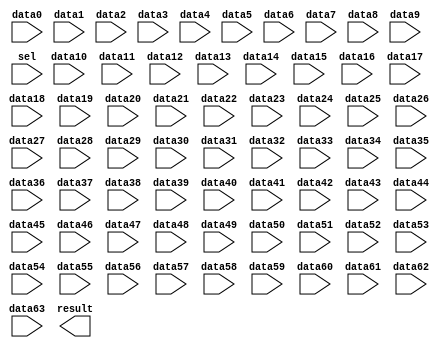
// megafunction wizard: %LPM_MUX%VBB%
// GENERATION: STANDARD
// VERSION: WM1.0
// MODULE: lpm_mux 

// ============================================================
// Megafunction Name(s):
// 			lpm_mux
//
// Simulation Library Files(s):
// 			lpm
// ============================================================
// ************************************************************
// THIS IS A WIZARD-GENERATED FILE. DO NOT EDIT THIS FILE!
//
// 9.1 Build 222 10/21/2009 SJ Full Version
// ************************************************************

//Copyright (C) 1991-2009 Altera Corporation
//Your use of Altera Corporation's design tools, logic functions 
//and other software and tools, and its AMPP partner logic 
//functions, and any output files from any of the foregoing 
//(including device programming or simulation files), and any 
//associated documentation or information are expressly subject 
//to the terms and conditions of the Altera Program License 
//Subscription Agreement, Altera MegaCore Function License 
//Agreement, or other applicable license agreement, including, 
//without limitation, that your use is for the sole purpose of 
//programming logic devices manufactured by Altera and sold by 
//Altera or its authorized distributors.  Please refer to the 
//applicable agreement for further details.

module lpm_mux641 (
	data0,
	data1,
	data10,
	data11,
	data12,
	data13,
	data14,
	data15,
	data16,
	data17,
	data18,
	data19,
	data2,
	data20,
	data21,
	data22,
	data23,
	data24,
	data25,
	data26,
	data27,
	data28,
	data29,
	data3,
	data30,
	data31,
	data32,
	data33,
	data34,
	data35,
	data36,
	data37,
	data38,
	data39,
	data4,
	data40,
	data41,
	data42,
	data43,
	data44,
	data45,
	data46,
	data47,
	data48,
	data49,
	data5,
	data50,
	data51,
	data52,
	data53,
	data54,
	data55,
	data56,
	data57,
	data58,
	data59,
	data6,
	data60,
	data61,
	data62,
	data63,
	data7,
	data8,
	data9,
	sel,
	result);

	input	  data0;
	input	  data1;
	input	  data10;
	input	  data11;
	input	  data12;
	input	  data13;
	input	  data14;
	input	  data15;
	input	  data16;
	input	  data17;
	input	  data18;
	input	  data19;
	input	  data2;
	input	  data20;
	input	  data21;
	input	  data22;
	input	  data23;
	input	  data24;
	input	  data25;
	input	  data26;
	input	  data27;
	input	  data28;
	input	  data29;
	input	  data3;
	input	  data30;
	input	  data31;
	input	  data32;
	input	  data33;
	input	  data34;
	input	  data35;
	input	  data36;
	input	  data37;
	input	  data38;
	input	  data39;
	input	  data4;
	input	  data40;
	input	  data41;
	input	  data42;
	input	  data43;
	input	  data44;
	input	  data45;
	input	  data46;
	input	  data47;
	input	  data48;
	input	  data49;
	input	  data5;
	input	  data50;
	input	  data51;
	input	  data52;
	input	  data53;
	input	  data54;
	input	  data55;
	input	  data56;
	input	  data57;
	input	  data58;
	input	  data59;
	input	  data6;
	input	  data60;
	input	  data61;
	input	  data62;
	input	  data63;
	input	  data7;
	input	  data8;
	input	  data9;
	input	[5:0]  sel;
	output	  result;

endmodule

// ============================================================
// CNX file retrieval info
// ============================================================
// Retrieval info: PRIVATE: INTENDED_DEVICE_FAMILY STRING "Cyclone II"
// Retrieval info: PRIVATE: SYNTH_WRAPPER_GEN_POSTFIX STRING "0"
// Retrieval info: CONSTANT: LPM_SIZE NUMERIC "64"
// Retrieval info: CONSTANT: LPM_TYPE STRING "LPM_MUX"
// Retrieval info: CONSTANT: LPM_WIDTH NUMERIC "1"
// Retrieval info: CONSTANT: LPM_WIDTHS NUMERIC "6"
// Retrieval info: USED_PORT: data0 0 0 0 0 INPUT NODEFVAL data0
// Retrieval info: USED_PORT: data1 0 0 0 0 INPUT NODEFVAL data1
// Retrieval info: USED_PORT: data10 0 0 0 0 INPUT NODEFVAL data10
// Retrieval info: USED_PORT: data11 0 0 0 0 INPUT NODEFVAL data11
// Retrieval info: USED_PORT: data12 0 0 0 0 INPUT NODEFVAL data12
// Retrieval info: USED_PORT: data13 0 0 0 0 INPUT NODEFVAL data13
// Retrieval info: USED_PORT: data14 0 0 0 0 INPUT NODEFVAL data14
// Retrieval info: USED_PORT: data15 0 0 0 0 INPUT NODEFVAL data15
// Retrieval info: USED_PORT: data16 0 0 0 0 INPUT NODEFVAL data16
// Retrieval info: USED_PORT: data17 0 0 0 0 INPUT NODEFVAL data17
// Retrieval info: USED_PORT: data18 0 0 0 0 INPUT NODEFVAL data18
// Retrieval info: USED_PORT: data19 0 0 0 0 INPUT NODEFVAL data19
// Retrieval info: USED_PORT: data2 0 0 0 0 INPUT NODEFVAL data2
// Retrieval info: USED_PORT: data20 0 0 0 0 INPUT NODEFVAL data20
// Retrieval info: USED_PORT: data21 0 0 0 0 INPUT NODEFVAL data21
// Retrieval info: USED_PORT: data22 0 0 0 0 INPUT NODEFVAL data22
// Retrieval info: USED_PORT: data23 0 0 0 0 INPUT NODEFVAL data23
// Retrieval info: USED_PORT: data24 0 0 0 0 INPUT NODEFVAL data24
// Retrieval info: USED_PORT: data25 0 0 0 0 INPUT NODEFVAL data25
// Retrieval info: USED_PORT: data26 0 0 0 0 INPUT NODEFVAL data26
// Retrieval info: USED_PORT: data27 0 0 0 0 INPUT NODEFVAL data27
// Retrieval info: USED_PORT: data28 0 0 0 0 INPUT NODEFVAL data28
// Retrieval info: USED_PORT: data29 0 0 0 0 INPUT NODEFVAL data29
// Retrieval info: USED_PORT: data3 0 0 0 0 INPUT NODEFVAL data3
// Retrieval info: USED_PORT: data30 0 0 0 0 INPUT NODEFVAL data30
// Retrieval info: USED_PORT: data31 0 0 0 0 INPUT NODEFVAL data31
// Retrieval info: USED_PORT: data32 0 0 0 0 INPUT NODEFVAL data32
// Retrieval info: USED_PORT: data33 0 0 0 0 INPUT NODEFVAL data33
// Retrieval info: USED_PORT: data34 0 0 0 0 INPUT NODEFVAL data34
// Retrieval info: USED_PORT: data35 0 0 0 0 INPUT NODEFVAL data35
// Retrieval info: USED_PORT: data36 0 0 0 0 INPUT NODEFVAL data36
// Retrieval info: USED_PORT: data37 0 0 0 0 INPUT NODEFVAL data37
// Retrieval info: USED_PORT: data38 0 0 0 0 INPUT NODEFVAL data38
// Retrieval info: USED_PORT: data39 0 0 0 0 INPUT NODEFVAL data39
// Retrieval info: USED_PORT: data4 0 0 0 0 INPUT NODEFVAL data4
// Retrieval info: USED_PORT: data40 0 0 0 0 INPUT NODEFVAL data40
// Retrieval info: USED_PORT: data41 0 0 0 0 INPUT NODEFVAL data41
// Retrieval info: USED_PORT: data42 0 0 0 0 INPUT NODEFVAL data42
// Retrieval info: USED_PORT: data43 0 0 0 0 INPUT NODEFVAL data43
// Retrieval info: USED_PORT: data44 0 0 0 0 INPUT NODEFVAL data44
// Retrieval info: USED_PORT: data45 0 0 0 0 INPUT NODEFVAL data45
// Retrieval info: USED_PORT: data46 0 0 0 0 INPUT NODEFVAL data46
// Retrieval info: USED_PORT: data47 0 0 0 0 INPUT NODEFVAL data47
// Retrieval info: USED_PORT: data48 0 0 0 0 INPUT NODEFVAL data48
// Retrieval info: USED_PORT: data49 0 0 0 0 INPUT NODEFVAL data49
// Retrieval info: USED_PORT: data5 0 0 0 0 INPUT NODEFVAL data5
// Retrieval info: USED_PORT: data50 0 0 0 0 INPUT NODEFVAL data50
// Retrieval info: USED_PORT: data51 0 0 0 0 INPUT NODEFVAL data51
// Retrieval info: USED_PORT: data52 0 0 0 0 INPUT NODEFVAL data52
// Retrieval info: USED_PORT: data53 0 0 0 0 INPUT NODEFVAL data53
// Retrieval info: USED_PORT: data54 0 0 0 0 INPUT NODEFVAL data54
// Retrieval info: USED_PORT: data55 0 0 0 0 INPUT NODEFVAL data55
// Retrieval info: USED_PORT: data56 0 0 0 0 INPUT NODEFVAL data56
// Retrieval info: USED_PORT: data57 0 0 0 0 INPUT NODEFVAL data57
// Retrieval info: USED_PORT: data58 0 0 0 0 INPUT NODEFVAL data58
// Retrieval info: USED_PORT: data59 0 0 0 0 INPUT NODEFVAL data59
// Retrieval info: USED_PORT: data6 0 0 0 0 INPUT NODEFVAL data6
// Retrieval info: USED_PORT: data60 0 0 0 0 INPUT NODEFVAL data60
// Retrieval info: USED_PORT: data61 0 0 0 0 INPUT NODEFVAL data61
// Retrieval info: USED_PORT: data62 0 0 0 0 INPUT NODEFVAL data62
// Retrieval info: USED_PORT: data63 0 0 0 0 INPUT NODEFVAL data63
// Retrieval info: USED_PORT: data7 0 0 0 0 INPUT NODEFVAL data7
// Retrieval info: USED_PORT: data8 0 0 0 0 INPUT NODEFVAL data8
// Retrieval info: USED_PORT: data9 0 0 0 0 INPUT NODEFVAL data9
// Retrieval info: USED_PORT: result 0 0 0 0 OUTPUT NODEFVAL result
// Retrieval info: USED_PORT: sel 0 0 6 0 INPUT NODEFVAL sel[5..0]
// Retrieval info: CONNECT: result 0 0 0 0 @result 0 0 1 0
// Retrieval info: CONNECT: @data 0 0 1 63 data63 0 0 0 0
// Retrieval info: CONNECT: @data 0 0 1 62 data62 0 0 0 0
// Retrieval info: CONNECT: @data 0 0 1 61 data61 0 0 0 0
// Retrieval info: CONNECT: @data 0 0 1 60 data60 0 0 0 0
// Retrieval info: CONNECT: @data 0 0 1 59 data59 0 0 0 0
// Retrieval info: CONNECT: @data 0 0 1 58 data58 0 0 0 0
// Retrieval info: CONNECT: @data 0 0 1 57 data57 0 0 0 0
// Retrieval info: CONNECT: @data 0 0 1 56 data56 0 0 0 0
// Retrieval info: CONNECT: @data 0 0 1 55 data55 0 0 0 0
// Retrieval info: CONNECT: @data 0 0 1 54 data54 0 0 0 0
// Retrieval info: CONNECT: @data 0 0 1 53 data53 0 0 0 0
// Retrieval info: CONNECT: @data 0 0 1 52 data52 0 0 0 0
// Retrieval info: CONNECT: @data 0 0 1 51 data51 0 0 0 0
// Retrieval info: CONNECT: @data 0 0 1 50 data50 0 0 0 0
// Retrieval info: CONNECT: @data 0 0 1 49 data49 0 0 0 0
// Retrieval info: CONNECT: @data 0 0 1 48 data48 0 0 0 0
// Retrieval info: CONNECT: @data 0 0 1 47 data47 0 0 0 0
// Retrieval info: CONNECT: @data 0 0 1 46 data46 0 0 0 0
// Retrieval info: CONNECT: @data 0 0 1 45 data45 0 0 0 0
// Retrieval info: CONNECT: @data 0 0 1 44 data44 0 0 0 0
// Retrieval info: CONNECT: @data 0 0 1 43 data43 0 0 0 0
// Retrieval info: CONNECT: @data 0 0 1 42 data42 0 0 0 0
// Retrieval info: CONNECT: @data 0 0 1 41 data41 0 0 0 0
// Retrieval info: CONNECT: @data 0 0 1 40 data40 0 0 0 0
// Retrieval info: CONNECT: @data 0 0 1 39 data39 0 0 0 0
// Retrieval info: CONNECT: @data 0 0 1 38 data38 0 0 0 0
// Retrieval info: CONNECT: @data 0 0 1 37 data37 0 0 0 0
// Retrieval info: CONNECT: @data 0 0 1 36 data36 0 0 0 0
// Retrieval info: CONNECT: @data 0 0 1 35 data35 0 0 0 0
// Retrieval info: CONNECT: @data 0 0 1 34 data34 0 0 0 0
// Retrieval info: CONNECT: @data 0 0 1 33 data33 0 0 0 0
// Retrieval info: CONNECT: @data 0 0 1 32 data32 0 0 0 0
// Retrieval info: CONNECT: @data 0 0 1 31 data31 0 0 0 0
// Retrieval info: CONNECT: @data 0 0 1 30 data30 0 0 0 0
// Retrieval info: CONNECT: @data 0 0 1 29 data29 0 0 0 0
// Retrieval info: CONNECT: @data 0 0 1 28 data28 0 0 0 0
// Retrieval info: CONNECT: @data 0 0 1 27 data27 0 0 0 0
// Retrieval info: CONNECT: @data 0 0 1 26 data26 0 0 0 0
// Retrieval info: CONNECT: @data 0 0 1 25 data25 0 0 0 0
// Retrieval info: CONNECT: @data 0 0 1 24 data24 0 0 0 0
// Retrieval info: CONNECT: @data 0 0 1 23 data23 0 0 0 0
// Retrieval info: CONNECT: @data 0 0 1 22 data22 0 0 0 0
// Retrieval info: CONNECT: @data 0 0 1 21 data21 0 0 0 0
// Retrieval info: CONNECT: @data 0 0 1 20 data20 0 0 0 0
// Retrieval info: CONNECT: @data 0 0 1 19 data19 0 0 0 0
// Retrieval info: CONNECT: @data 0 0 1 18 data18 0 0 0 0
// Retrieval info: CONNECT: @data 0 0 1 17 data17 0 0 0 0
// Retrieval info: CONNECT: @data 0 0 1 16 data16 0 0 0 0
// Retrieval info: CONNECT: @data 0 0 1 15 data15 0 0 0 0
// Retrieval info: CONNECT: @data 0 0 1 14 data14 0 0 0 0
// Retrieval info: CONNECT: @data 0 0 1 13 data13 0 0 0 0
// Retrieval info: CONNECT: @data 0 0 1 12 data12 0 0 0 0
// Retrieval info: CONNECT: @data 0 0 1 11 data11 0 0 0 0
// Retrieval info: CONNECT: @data 0 0 1 10 data10 0 0 0 0
// Retrieval info: CONNECT: @data 0 0 1 9 data9 0 0 0 0
// Retrieval info: CONNECT: @data 0 0 1 8 data8 0 0 0 0
// Retrieval info: CONNECT: @data 0 0 1 7 data7 0 0 0 0
// Retrieval info: CONNECT: @data 0 0 1 6 data6 0 0 0 0
// Retrieval info: CONNECT: @data 0 0 1 5 data5 0 0 0 0
// Retrieval info: CONNECT: @data 0 0 1 4 data4 0 0 0 0
// Retrieval info: CONNECT: @data 0 0 1 3 data3 0 0 0 0
// Retrieval info: CONNECT: @data 0 0 1 2 data2 0 0 0 0
// Retrieval info: CONNECT: @data 0 0 1 1 data1 0 0 0 0
// Retrieval info: CONNECT: @data 0 0 1 0 data0 0 0 0 0
// Retrieval info: CONNECT: @sel 0 0 6 0 sel 0 0 6 0
// Retrieval info: LIBRARY: lpm lpm.lpm_components.all
// Retrieval info: GEN_FILE: TYPE_NORMAL lpm_mux641.v TRUE
// Retrieval info: GEN_FILE: TYPE_NORMAL lpm_mux641.inc FALSE
// Retrieval info: GEN_FILE: TYPE_NORMAL lpm_mux641.cmp FALSE
// Retrieval info: GEN_FILE: TYPE_NORMAL lpm_mux641.bsf TRUE FALSE
// Retrieval info: GEN_FILE: TYPE_NORMAL lpm_mux641_inst.v FALSE
// Retrieval info: GEN_FILE: TYPE_NORMAL lpm_mux641_bb.v TRUE
// Retrieval info: LIB_FILE: lpm